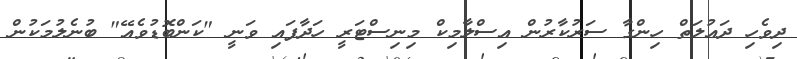
ދިވެހި ދައުލަތް ހިންގާ ސަރުކާރުން އިސްލާމިކް މިނިސްޓަރީ ހަދާފައި ވަނީ "ކަންބޮޑުވެއޭ" ބުނެލުމަކުން